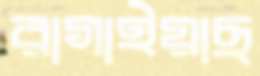
রাগাইয়াছ